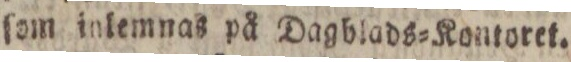
ſom inlemnas på Dagblads=Kontoret.